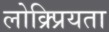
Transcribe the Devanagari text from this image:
लोक्र्प्रियता